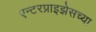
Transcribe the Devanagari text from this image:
एन्टरप्राइझेसच्या